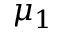
\mu _ { 1 }